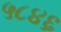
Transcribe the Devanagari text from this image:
५८४६